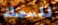
للسمك